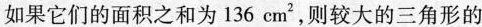
如果它们的面积之和为136cm^{2}，则较大的三角形的